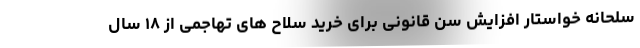
سلحانه خواستار افزایش سن قانونی برای خرید سلاح های تهاجمی از ۱۸ سال